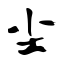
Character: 尘